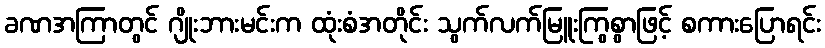
ခဏအကြာတွင် ဂျိုးဘားမင်းက ထုံးစံအတိုင်း သွက်လက်မြူးကြွစွာဖြင့် စကားပြောရင်း